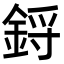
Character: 鋝